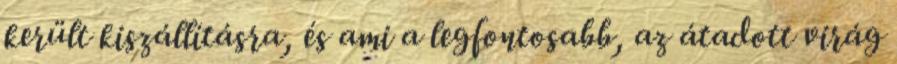
került kiszállításra, és ami a legfontosabb, az átadott virág